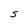
Character: S